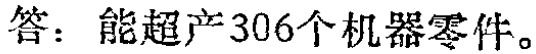
答：能超产306个机器零件。